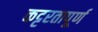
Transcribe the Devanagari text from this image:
कट्टरतापूर्ण